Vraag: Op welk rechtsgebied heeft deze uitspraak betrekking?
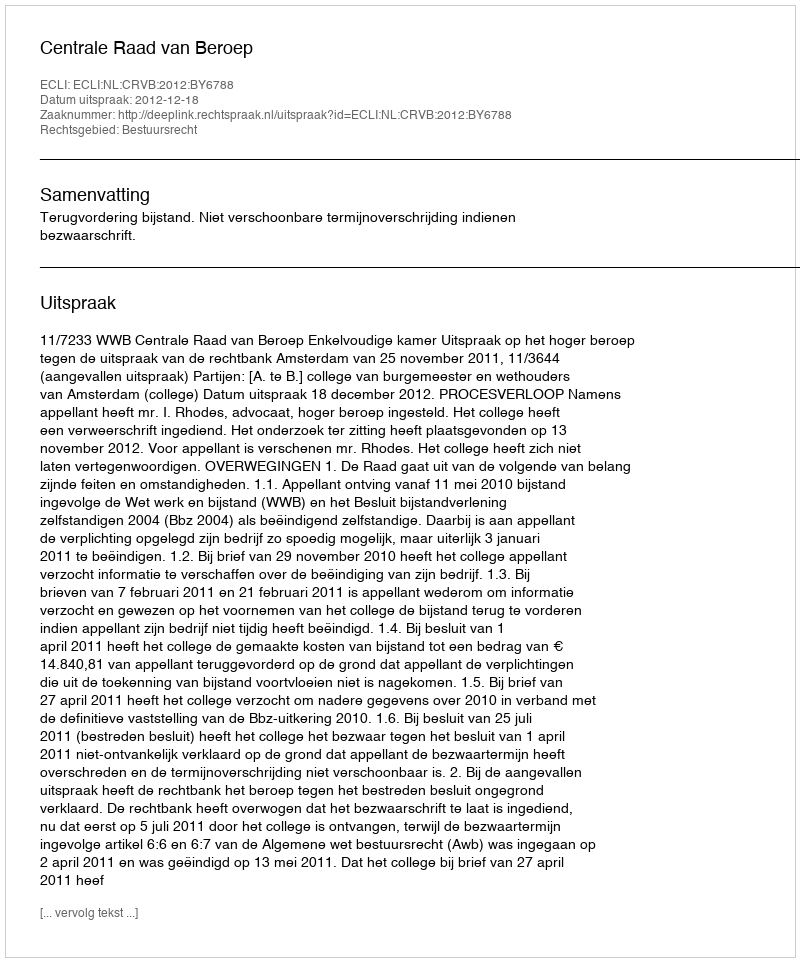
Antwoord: Bestuursrecht